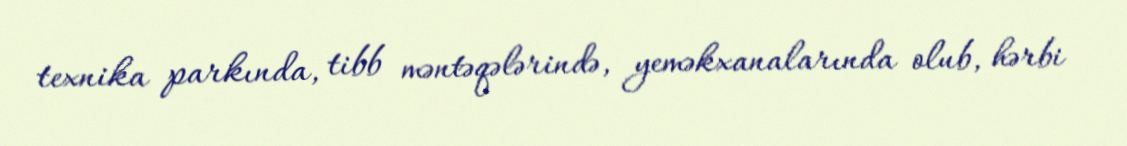
texnika parkında, tibb məntəqələrində, yeməkxanalarında olub, hərbi